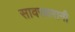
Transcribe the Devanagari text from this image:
सावरकरानी